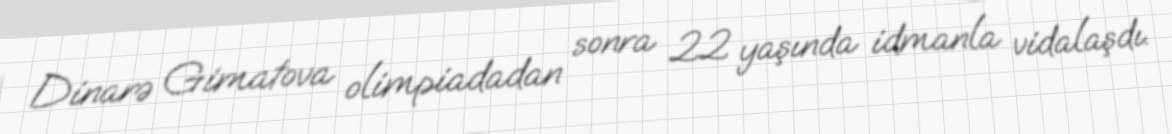
Dinarə Gimatova olimpiadadan sonra 22 yaşında idmanla vidalaşdı.